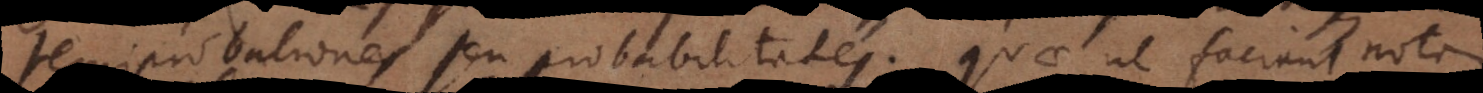
semiprobationes seu probabilitates. Quae ut faciant nota